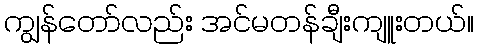
ကျွန်တော်လည်း အင်မတန်ချီးကျူးတယ်။